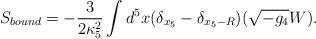
\begin{align*}S_{bound}=-\frac{3}{2\kappa_5^2}\int d^5x (\delta_{x_5}-\delta_{x_5-R})(\sqrt {-g_4}W).\end{align*}